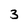
Character: 3